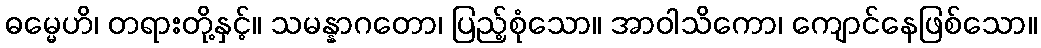
ဓမ္မေဟိ၊ တရားတို့နှင့်။ သမန္နာဂတော၊ ပြည့်စုံသော။ အာဝါသိကော၊ ကျောင်နေဖြစ်သော။